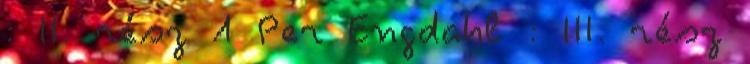
: II. rész 1 Per Engdahl : III. rész